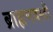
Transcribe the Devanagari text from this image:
ब्राह्मणवस्ती